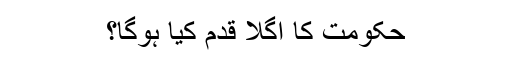
حکومت کا اگلا قدم کیا ہوگا؟